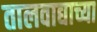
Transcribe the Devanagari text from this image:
तालवाद्याच्या